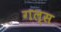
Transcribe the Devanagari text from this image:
गल्स